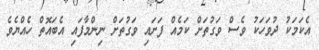
އެކަމަކު ދުވަހަކު ވެސް ވަގުތަށް ކަމެއް ފަށައި ވަގުތަށް ނިންމާފައި އެބައޮތް ހެއްޔެވެ